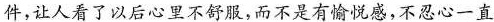
件，让人看了以后心里不舒服，而不是有愉悦感，不忍心一直